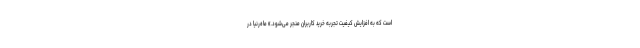
است که به افزایش کیفیت تجربه خرید کاربران منجر می‌شود.» ماه‌رنیا در